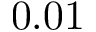
0 . 0 1